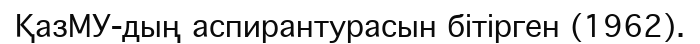
ҚазМУ-дың аспирантурасын бітірген (1962).